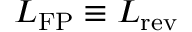
\boldsymbol { L } _ { \mathrm { F P } } \equiv \boldsymbol { L } _ { \mathrm { r e v } }